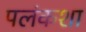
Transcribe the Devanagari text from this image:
पलंकशा